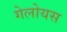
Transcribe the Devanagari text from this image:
गेलोयस